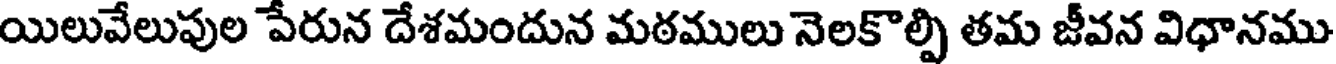
యిలువేలుపుల పేరున దేశమందున మఠములు నెలకొల్పి తమ జీవన విధానము